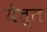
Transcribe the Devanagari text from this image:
येत्त